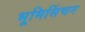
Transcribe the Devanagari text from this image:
भूमिसिंचन